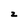
Character: z